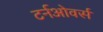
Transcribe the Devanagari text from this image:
टर्नओवर्स